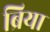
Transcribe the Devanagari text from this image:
ब्रिया